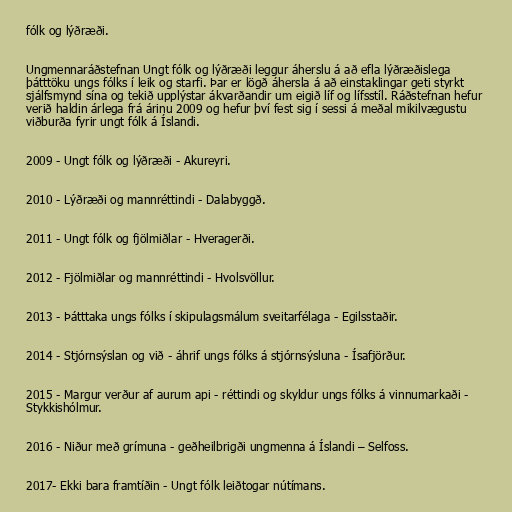
fólk og lýðræði.

Ungmennaráðstefnan Ungt fólk og lýðræði leggur áherslu á að efla lýðræðislega
þátttöku ungs fólks í leik og starfi. Þar er lögð áhersla á að einstaklingar geti styrkt
sjálfsmynd sína og tekið upplýstar ákvarðandir um eigið líf og lífsstíl. Ráðstefnan hefur
verið haldin árlega frá árinu 2009 og hefur því fest sig í sessi á meðal mikilvægustu
viðburða fyrir ungt fólk á Íslandi.

2009 - Ungt fólk og lýðræði - Akureyri.

2010 - Lýðræði og mannréttindi - Dalabyggð.

2011 - Ungt fólk og fjölmiðlar - Hveragerði.

2012 - Fjölmiðlar og mannréttindi - Hvolsvöllur.

2013 - Þátttaka ungs fólks í skipulagsmálum sveitarfélaga - Egilsstaðir.

2014 - Stjórnsýslan og við - áhrif ungs fólks á stjórnsýsluna - Ísafjörður.

2015 - Margur verður af aurum api - réttindi og skyldur ungs fólks á vinnumarkaði -
Stykkishólmur.

2016 - Niður með grímuna - geðheilbrigði ungmenna á Íslandi – Selfoss.

2017- Ekki bara framtíðin - Ungt fólk leiðtogar nútímans.